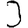
Digit: 3